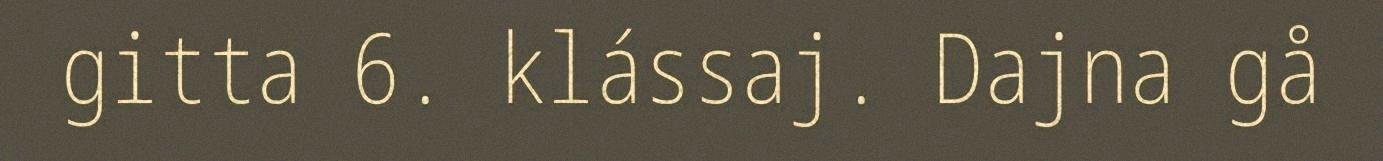
gitta 6. klássaj. Dajna gå